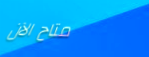
متاح الآن